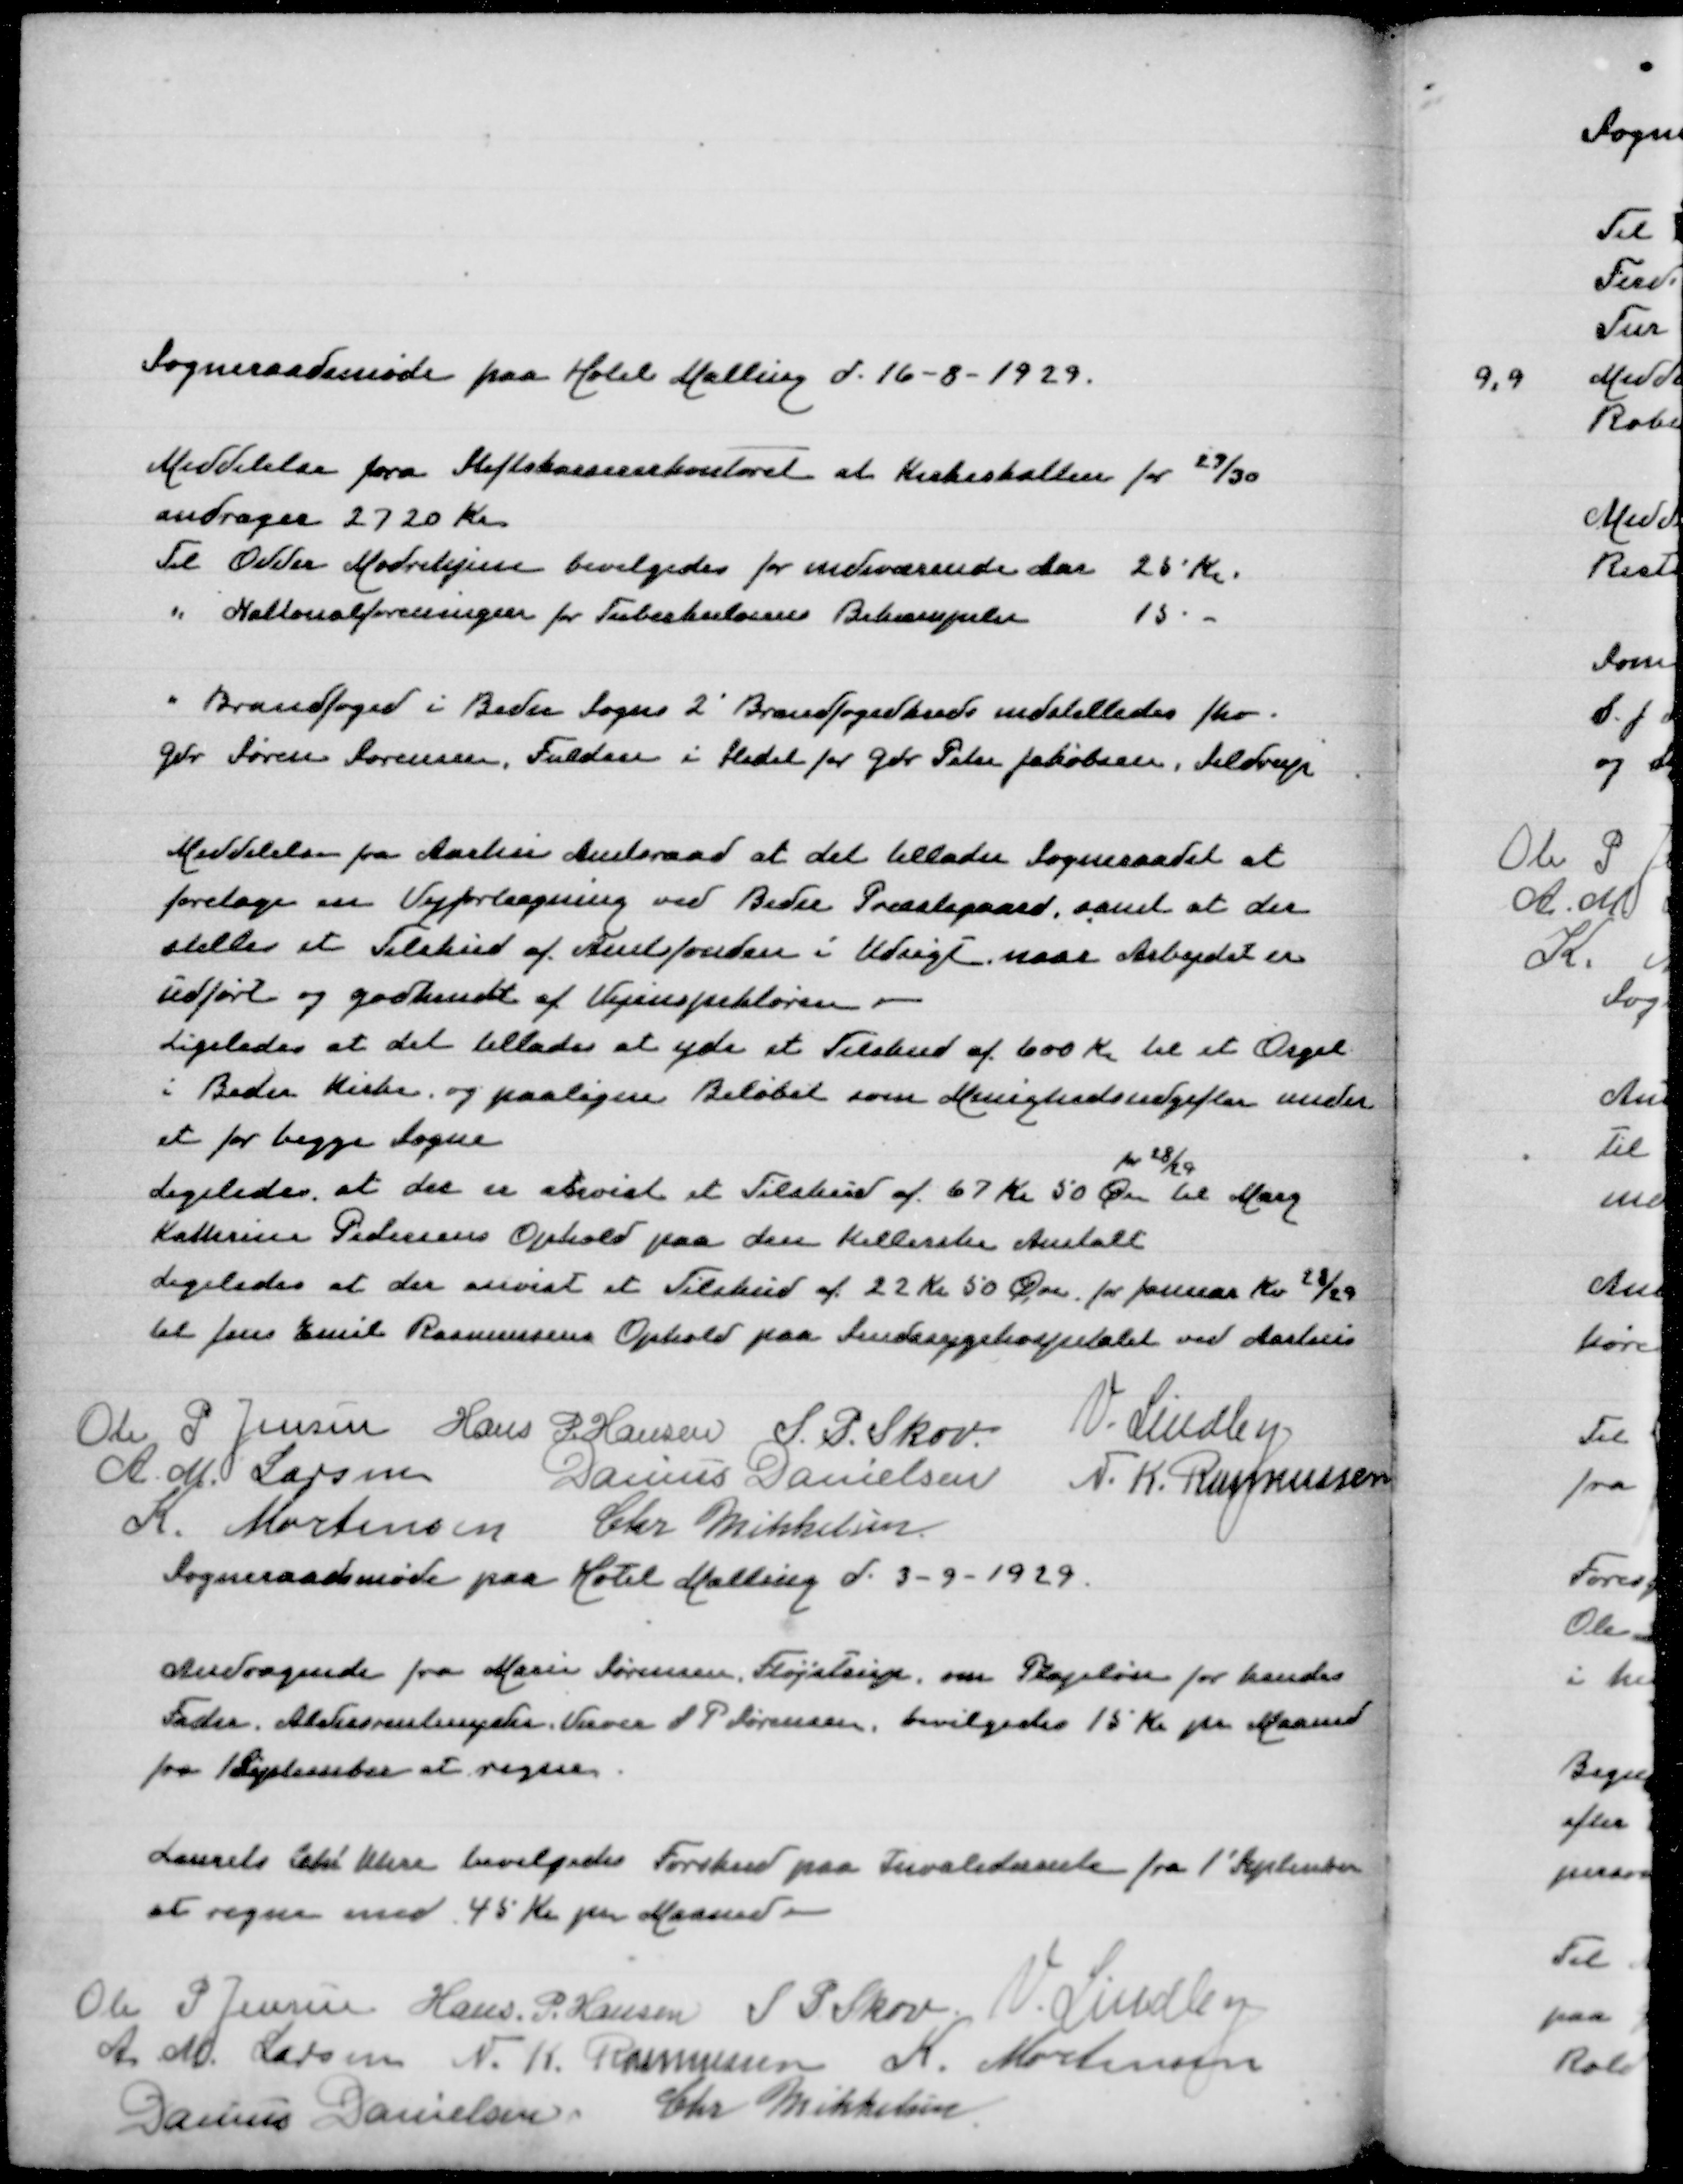
Transskription:
Sogneraadsmøde paa Hotel Malling d 16-8-1929

Meddelelse fra Stiftskassekontoret at Kirkeskatten for 29/30
andrager 2720 Kr
Til Odder Mødrehjem bevilgedes for indeværende Aar 25 Kr
" Nationalforeningen for Tuberkulosens Bekæmpelse 15 Kr
" Brandfoged i Beder Sogns 2' Brandfogedkreds indstilledes fhv
Gdr Søren Sørensen, Fulden i Stedet for Gdr Peter Jakobsen, Seldrup

Meddelelse fra Aarhus amtsraad at det  tillades Sogneraadet at
foretage en Vejforlægning ved Beder Præstegaard, samt at der
stilles et Tilskud af Amtsfonden i Udsigt naar Arbejdet er
uført og godkendt af Vejinspektøren
Ligeledes at det tillades at yde et Tilskud af 600 Kr til et Orgel
i Beder Kirke og paaligne Beløbet som Menighedsudgifter under
et for begge Sogne
for 28/29
Ligeledes at der er anvist et Tilskud af 67 Kr 50 Øre til Mary
Kathrine Pedersens Ophold paa den Kellerske Anstalt
Ligeledes at der er anvist eet Tilskud af 22 Kr 50 Øre for Januar Kv 28/29
til Jens Emil Rasmussens Ophold paa Sindssygehospitalet ved Aarhus

Ole P Jensen
Hans P Hansen
S P Skov
V Lindby
A M Larsen
Danius Danielsen
N K Rasmussen
K Mortensen
Chr Mikkelsen
Sogneraadsmøde paa Hotel Malling d 3-9-1929

Andragende fra Marie Sørensen, Fløjstrup om Plejeløn for hendes
Fader Aldersrentenyder Verner S P Sørensen, bevilgedes 15 Kr pr Maaned
fra 1 September at regne

Lautits Chr Ulsøe bevilgedes Forskud paa Invaliderente fra 1' September
at regne med 45 Kr pr Maaned

Ole P Jensen
Hans P Hansen
S P Skov
V Lindby
A M Larsen
N K Rasmussen
K Mortensen
Danius Danielsen
Chr Mikkelsen